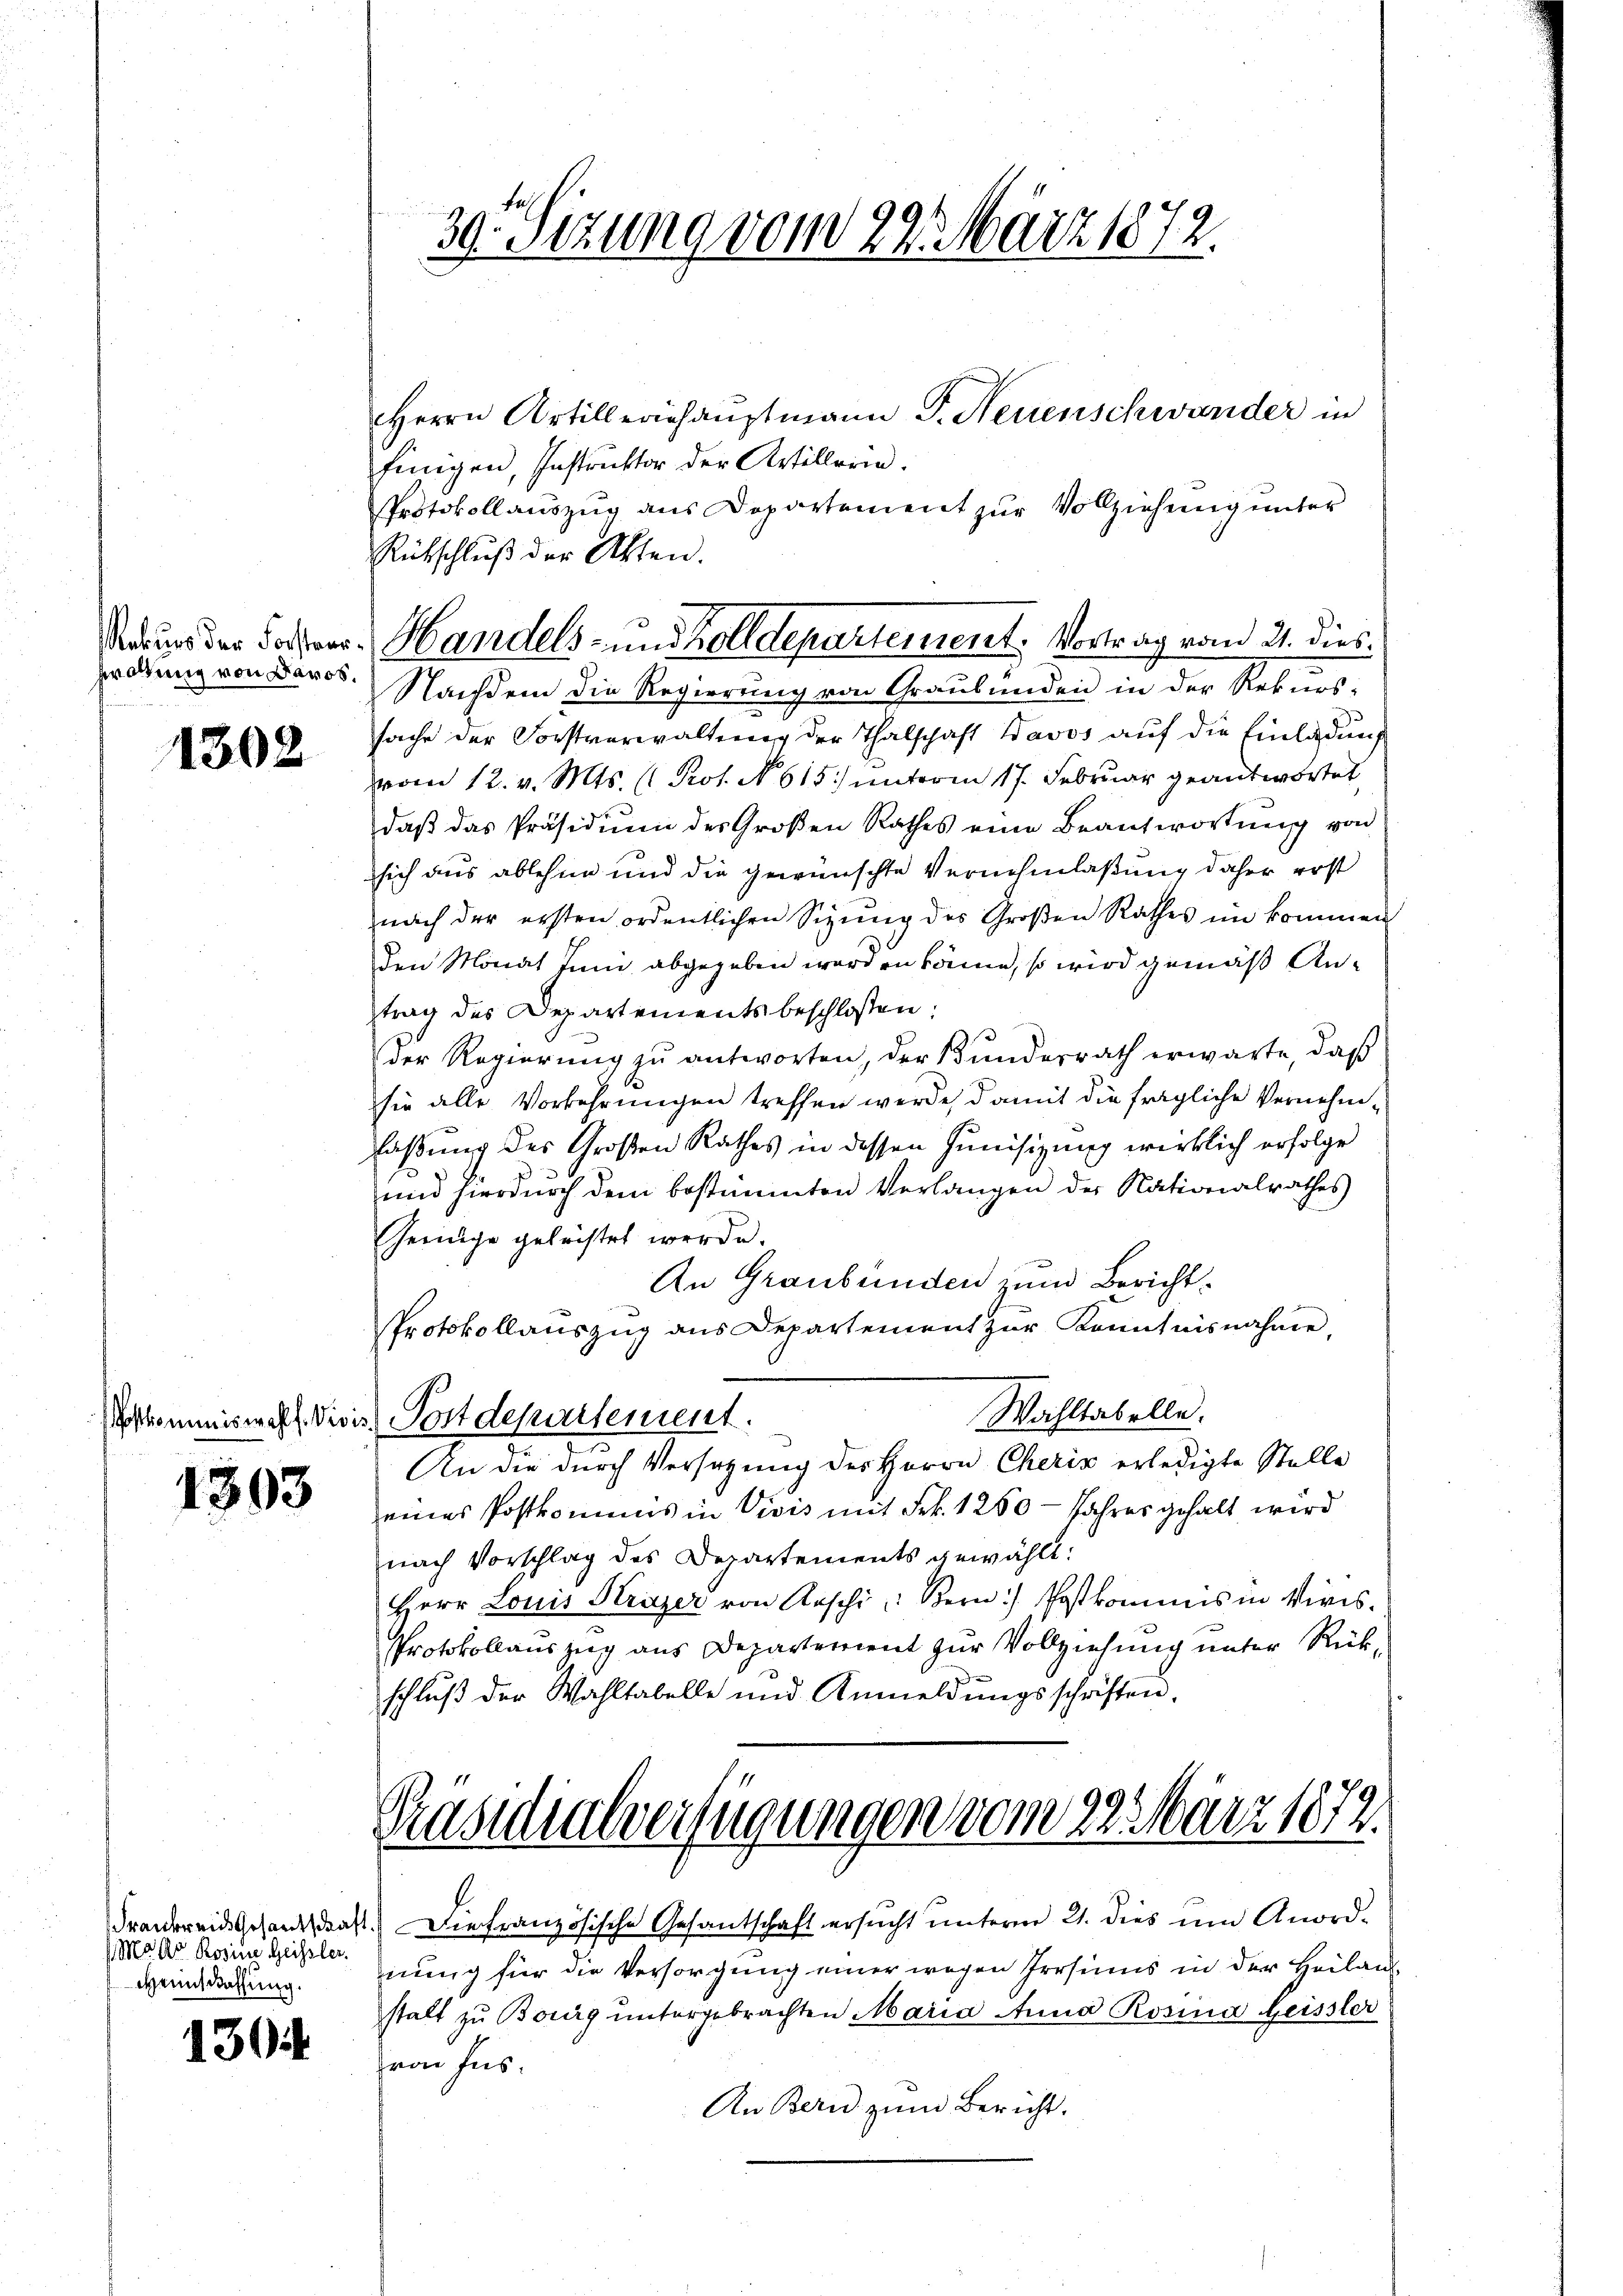
Rekurs der Forsteur¬
Brattung von Davos.

1302

1303

Frankreis Gesandschaf
Mo Ab Rosine Geissler.
Gemuthung.

1304

39. Setzung vom 22. März 1872.

Herrn Artilleriehauptmann P. Neuenschwander in
fungen, Instruktor der Artillerin.
Protokollauszug aus Departement zur Vollziehung unter
Rückschluß der Akten.
Nachdem die Regierung von Graubünden in der Rekurs-
sache der Forstverwaltung der Thalschaft Davos auf die Einlaßung
vom 12. v. Mts. (: Prot. No. 615. unterm 17. Februar geantwortet,
daβ das Präsidiŭm des Großen Rathes eine Beantwortŭng von
sich aus ablehne und die gewünschte Vernehmlaßung daher erst
nach der ersten ordentlichen Sizŭng des Großen Rathes im kommen
den Monat Juni abgegeben worden könne, so wird gemäß Antrag des Departements beschlossen:
der Regierŭng zŭ antworten, der Bŭndesrath erwarte, daβ
sie alle Vorkehrungen treffen werde, damit die fragliche Vernehmlaßung des Großen Rathes in dessen Junisizung wirklich erfolge
und hierdurch dem bestimmten Verlangen der Nationalrathes
Heringe geleistet werde.
An Graubünden zum Bericht.
Protokollauszug aus Departement zur Kenntnisnahme
Wahltabelle.
skommiswahl. Visis Postdepartement.
An die durch Versatzung des Herrn Cherin erledigte Stelle
eines Postkomuns in Vivis mit Frk. 1250 - Jahres gehalt wird
nach Vorschlag des Departements gewählt:
Herr Louis Strazer von Roschi, Bern / Postkommis in Viris¬
Protokollauszug aus Departement zur Vollziehung unter Rückschlŭβ der Wahltabelle und Anmeldŭngsschriften.

Handels- und Zolldepartement: Vortrag vom 21. dies

Präsidialverfügungen vom 22. März 1872.

Die französische Gesantschaft ersŭcht unterm 21. dies um Anordnung für die Versorgung einer wegen Irrsins in der Heilan
stalt zu Bourg untergebrachten Maria Anna Rosina Heissler
ron Fus
An Bern zum Bericht.